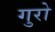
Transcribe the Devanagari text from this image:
गुरो